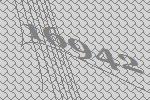
16942